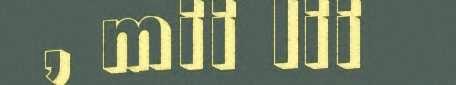
, mii lii